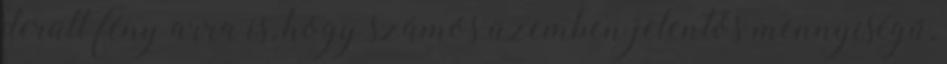
derült fény arra is, hogy számos üzemben jelentős mennyiségű,